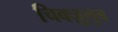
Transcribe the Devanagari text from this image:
चिक्ज़ुलुब